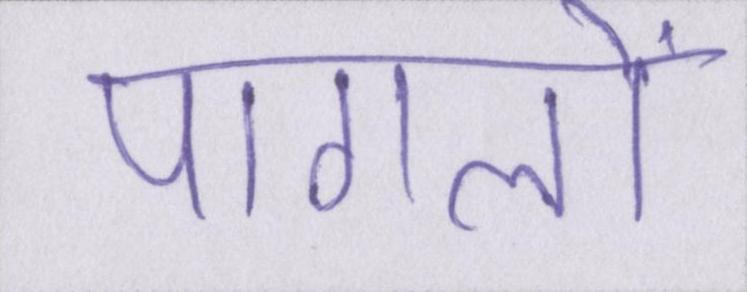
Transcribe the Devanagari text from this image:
पागलों